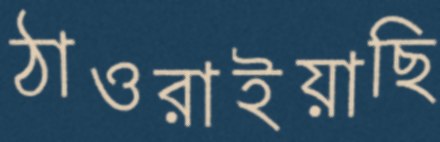
ঠাওরাইয়াছি